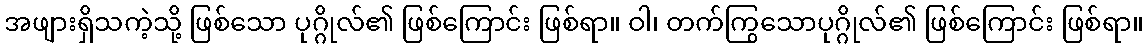
အဖျားရှိသကဲ့သို့ ဖြစ်သော ပုဂ္ဂိုလ်၏ ဖြစ်ကြောင်း ဖြစ်ရာ။ ဝါ၊ တက်ကြွသောပုဂ္ဂိုလ်၏ ဖြစ်ကြောင်း ဖြစ်ရာ။